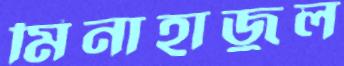
মিনাহাজুল